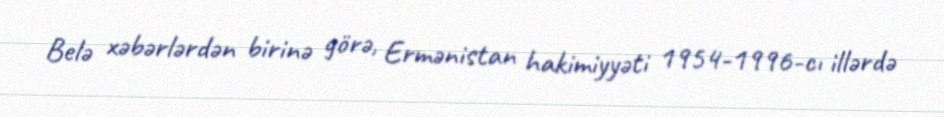
Belə xəbərlərdən birinə görə, Ermənistan hakimiyyəti 1954-1996-cı illərdə